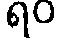
ရဝ